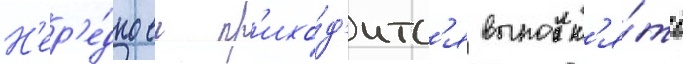
Н'ер'е́дко еи пр'ихо́д'итс'я выполн'я́ть